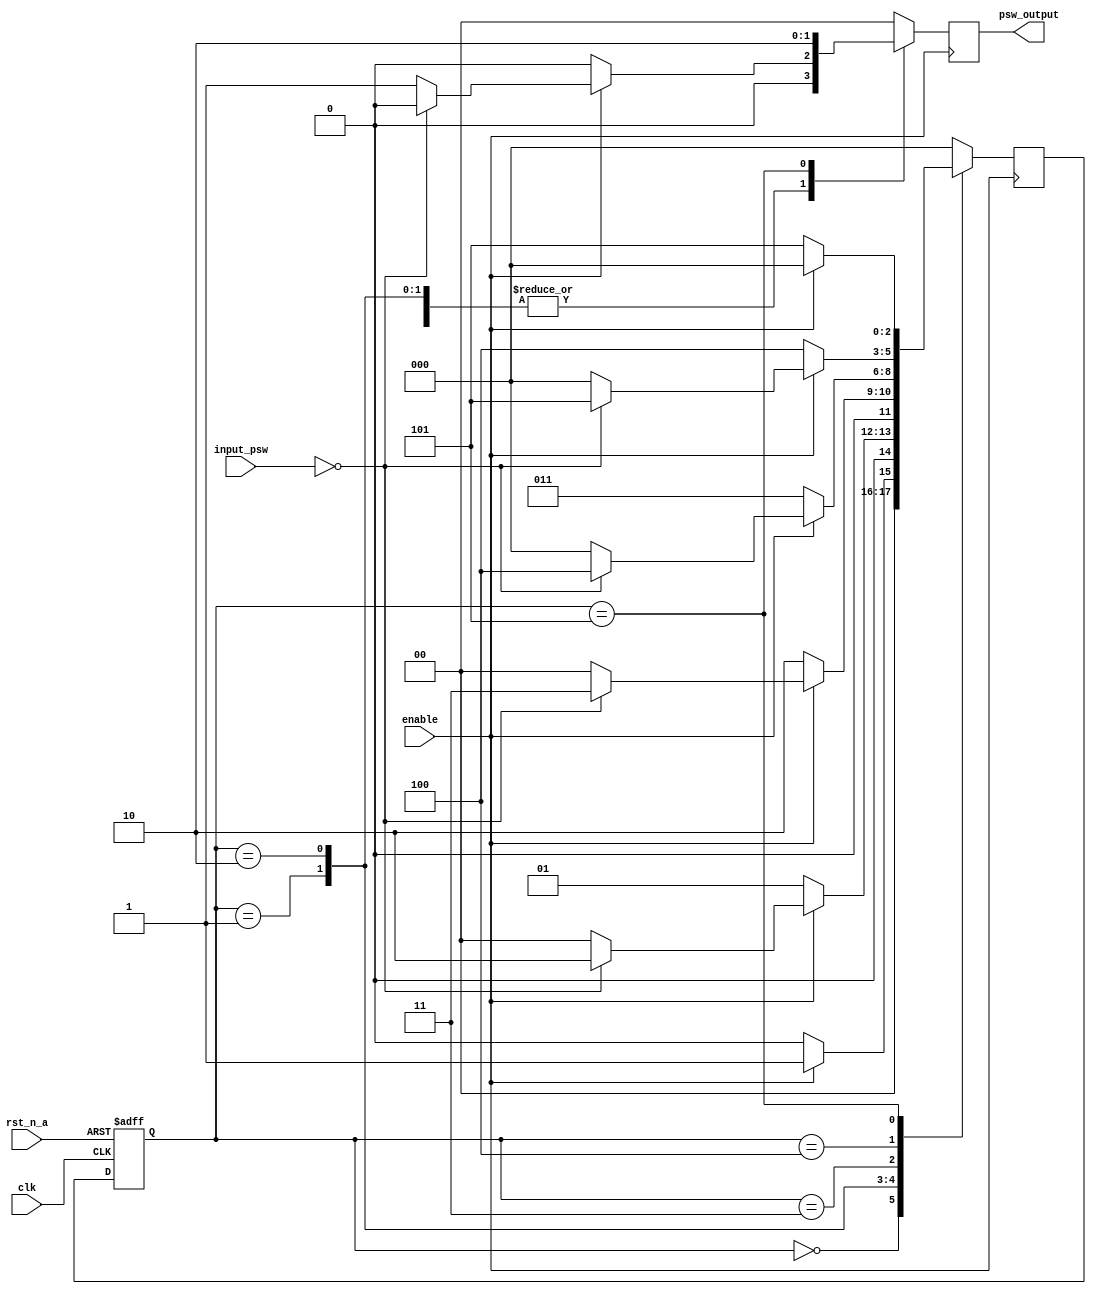

/*
Sistema de contrasea de cuatro dgitos.

Parmetros:
    PW_D1: Primer dgito de la contrasea. Por defecto, 0.
    PW_D2: Segundo dgito de la contrasea. Por defecto, 0.
    PW_D3: Tercer dgito de la contrasea. Por defecto, 0.
    PW_D4: Cuarto dgito de la contrasea. Por defecto, 0.

Entradas:
    clk: Reloj de entrada.
    rst_n_a: Reset asncrono activo bajo.
    enable: Habilitador del sistema.
    input_psw: Entrada de la contrasea.

Salidas:
    psw_output: Salida de la contrasea.
        00: Sin accin
        01: Contrasea incorrecta
        10: Contrasea correcta
*/
module FSM_PSW #(
    parameter  PW_D1 = 0,
    parameter  PW_D2 = 0,
    parameter  PW_D3 = 0,
    parameter  PW_D4 = 0
) (
    input clk, rst_n_a,
    input enable,
    input [3:0] input_psw,
    output reg [1:0] psw_output
);

    parameter   IDLE = 0,
                CHECK_D1 = 1,
                CHECK_D2 = 2,
                CHECK_D3 = 3,
                CHECK_D4 = 4,
                CORRECT  = 5;

    reg [2:0] current_state, next_state;

    always @(posedge clk or negedge rst_n_a) begin
        begin
            if (!rst_n_a)
                current_state <= IDLE;
            else
                current_state <= next_state;
        end
    end

    always @(posedge enable) begin
        psw_output = 2'b00;
        case (current_state)
            IDLE:
                begin
                    if (enable == 0)
                        next_state = IDLE;
                    else
                        next_state = CHECK_D1;
                end
            CHECK_D1:
                begin
                    if (enable == 1)
                        begin
                            if (input_psw == PW_D1)
                                next_state = CHECK_D2;
                            else
                                begin
                                    next_state = IDLE;
                                    psw_output = 2'b01;
                                end
                        end
                    else
                        next_state = CHECK_D1;
                end
            CHECK_D2:
                begin
                    if (enable == 1)
                        begin
                            if (input_psw == PW_D2)
                                next_state = CHECK_D3;
                            else
                                begin
                                    next_state = IDLE;
                                    psw_output = 2'b01;
                                end
                        end
                    else
                        next_state = CHECK_D2;
                end
            CHECK_D3:
                begin
                    if (enable == 1)
                        begin
                            if (input_psw == PW_D3)
                                next_state = CHECK_D4;
                            else
                                begin
                                    next_state = IDLE;
                                    psw_output = 2'b01;
                                end
                        end
                    else
                        next_state = CHECK_D3;
                end
            CHECK_D4:
                begin
                    if (enable == 1)
                        begin
                            if (input_psw == PW_D4)
                                next_state = CORRECT;
                            else
                                begin
                                    next_state = IDLE;
                                    psw_output = 2'b01;
                                end
                        end
                    else
                        next_state = CHECK_D4;
                end
            CORRECT:
                begin
                    if (enable == 1)
                        next_state = IDLE;
                    else
                        next_state = CORRECT;
                        psw_output = 2'b10;
                end
            default:
                next_state = IDLE;
        endcase
    end

endmodule